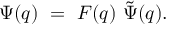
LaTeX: \Psi ( q ) ~ = ~ { \cal F } ( q ) ~ \tilde { \Psi } ( q ) .